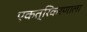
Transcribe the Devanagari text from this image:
एकत्रिकरणाला